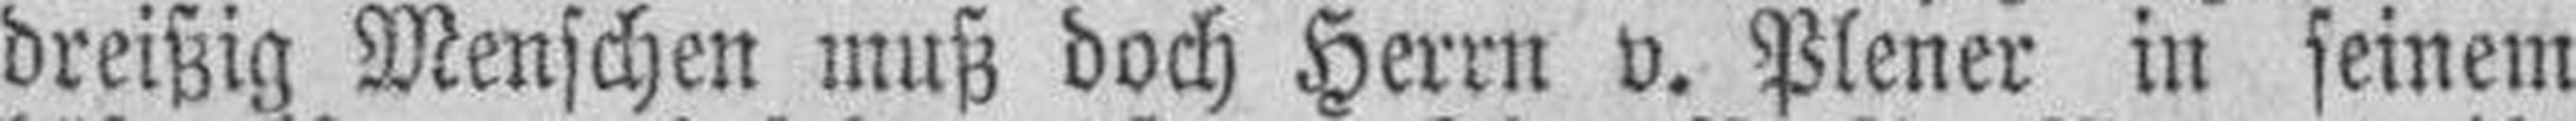
dreißig Menschen muß doch Herrn v. Plener in seinem